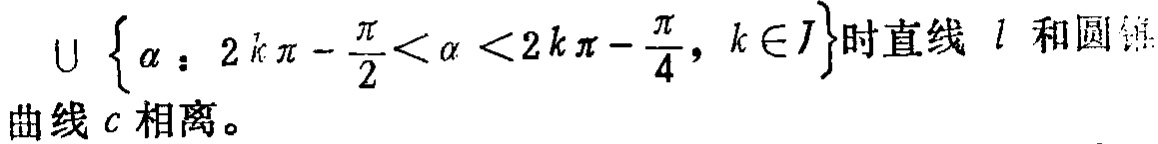
$\cup \left\{\alpha:2k\pi - \frac{\pi}{2}<\alpha<2k\pi - \frac{\pi}{4}, k\in J\right\}$时直线 \(l\) 和圆锥曲线 \(c\) 相离。